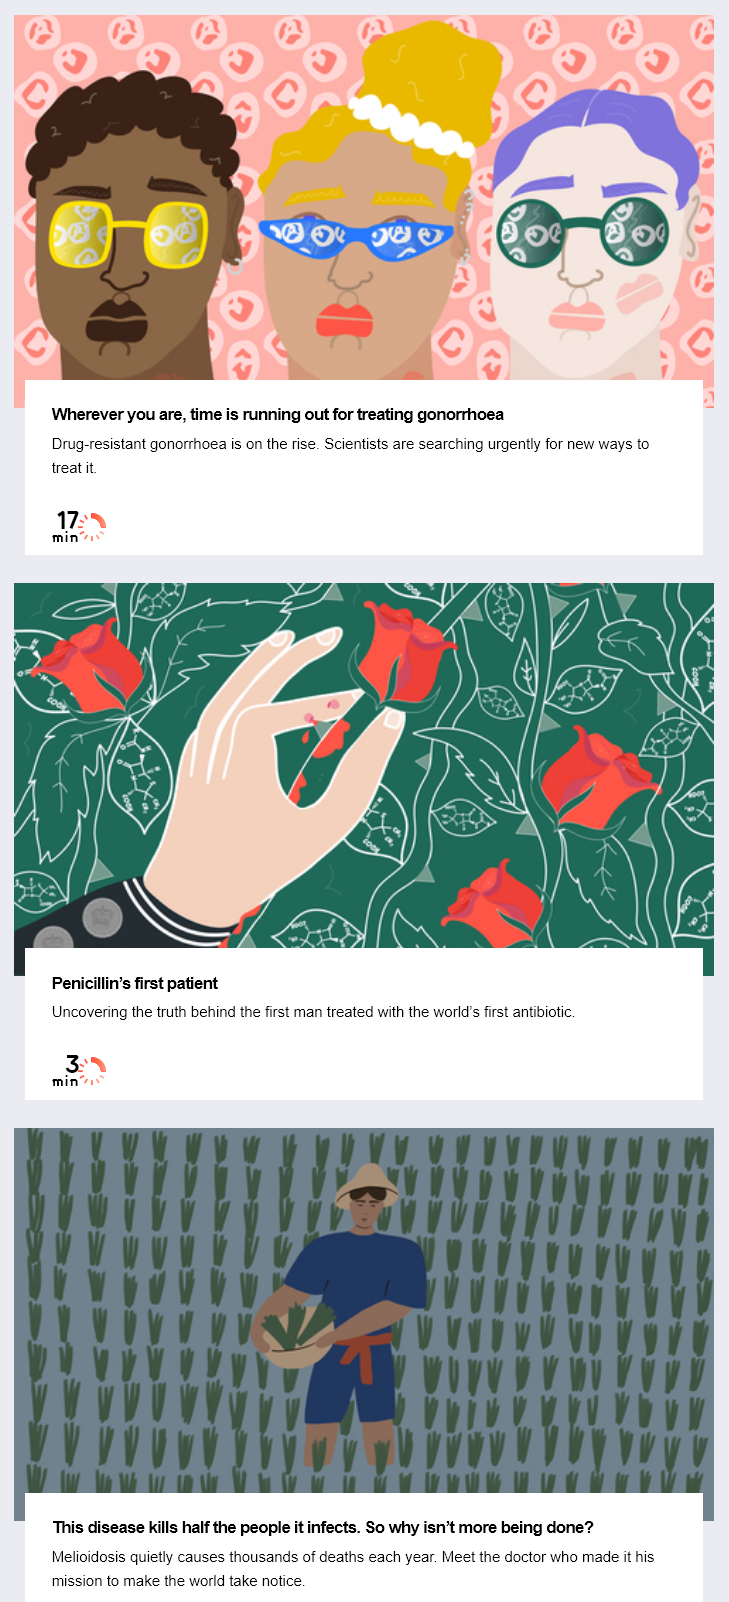
Wherever you are, time is running out for treating gonorrhoea
     Drug-resistant gonorrhoea is on the rise. Scientists are searching urgently for new ways to
     treat it
     172N
     min“
     Penicillin’s first patient
     Uncovering the truth behind the first man treated with the world’s first antibiotic.
     This disease kills half the people it infects. So why isn’t more being done?
     Melioidosis quietly causes thousands of deaths each year. Meet the doctor who made it his
     mission to make the world take notice.